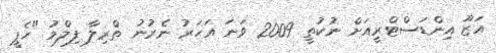
އަޒޫ އިންޑަސްޓްރީއަށް ނުކުތީ 2009 ވަނަ އަހަރު ނެރުނު ތްރިލާ ފިލްމު "ހެޕީ